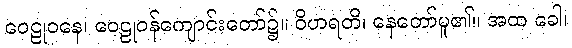
ဝေဠုဝနေ၊ ဝေဠုဝန်ကျောင်းတော်၌။ ဝိဟရတိ၊ နေတော်မူ၏။ အထ ခေါ၊